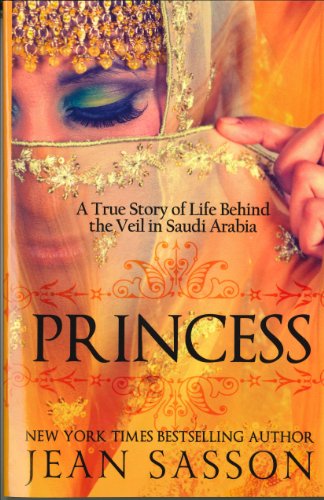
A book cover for Princess: A True Story of Life Behind the Veil in Saudi Arab; Jean Sasson; Biographies & Memoirs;